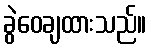
ခွဲဝေချထားသည်။